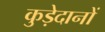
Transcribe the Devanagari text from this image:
कुड़ेदानों